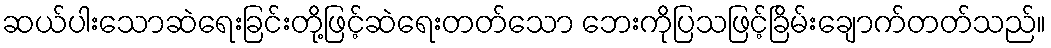
ဆယ်ပါးသောဆဲရေးခြင်းတို့ဖြင့်ဆဲရေးတတ်သော ဘေးကိုပြသဖြင့်ခြိမ်းချောက်တတ်သည်။